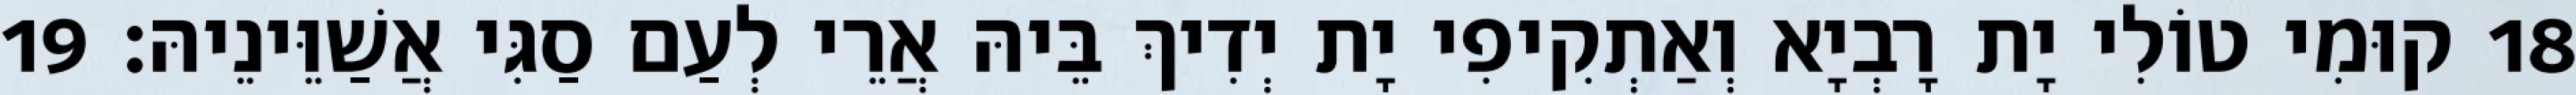
18 קוּמִי טוֹלִי יָת רָבְיָא וְאַתְקִיפִי יָת יְדִיךְ בֵּיהּ אֲרֵי לְעַם סַגִּי אֲשַׁוֵּינֵיהּ׃ 19